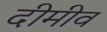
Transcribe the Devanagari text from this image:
दीमीव